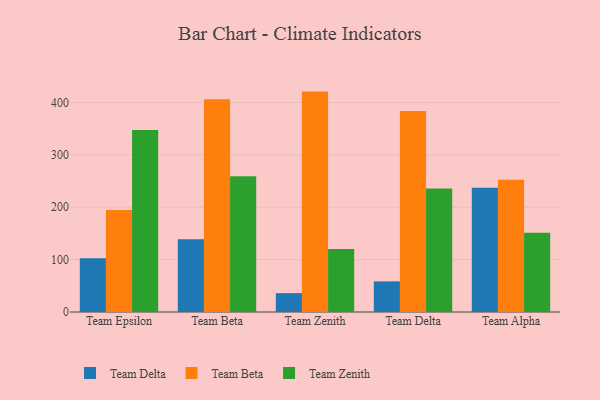
{"axis": {"x": "Team", "y": "Tickets Resolved"}, "legend": ["Team Beta", "Team Delta", "Team Zenith"], "data": [{"x": "Team Epsilon", "y": 102.7, "type": "Team Delta"}, {"x": "Team Epsilon", "y": 194.7, "type": "Team Beta"}, {"x": "Team Epsilon", "y": 347.6, "type": "Team Zenith"}, {"x": "Team Beta", "y": 139.0, "type": "Team Delta"}, {"x": "Team Beta", "y": 406.3, "type": "Team Beta"}, {"x": "Team Beta", "y": 259.0, "type": "Team Zenith"}, {"x": "Team Zenith", "y": 36.0, "type": "Team Delta"}, {"x": "Team Zenith", "y": 420.8, "type": "Team Beta"}, {"x": "Team Zenith", "y": 120.1, "type": "Team Zenith"}, {"x": "Team Delta", "y": 58.5, "type": "Team Delta"}, {"x": "Team Delta", "y": 383.9, "type": "Team Beta"}, {"x": "Team Delta", "y": 235.9, "type": "Team Zenith"}, {"x": "Team Alpha", "y": 237.4, "type": "Team Delta"}, {"x": "Team Alpha", "y": 252.7, "type": "Team Beta"}, {"x": "Team Alpha", "y": 151.5, "type": "Team Zenith"}]}